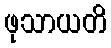
ဖုသာယတိ